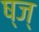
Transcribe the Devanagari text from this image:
ष्ज्